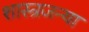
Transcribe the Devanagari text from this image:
शास्त्रजन्या